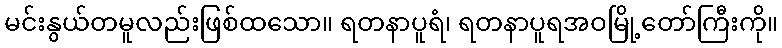
မင်းနွယ်တမူလည်းဖြစ်ထသော။ ရတနာပူရံ၊ ရတနာပူရအဝမြို့တော်ကြီးကို။